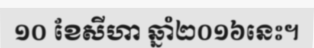
១០ ខែសីហា ឆ្នាំ២០១៦នេះ។